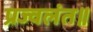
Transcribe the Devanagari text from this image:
प्रज्वलंत॥